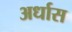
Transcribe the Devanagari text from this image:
अर्धास